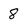
Character: 8